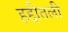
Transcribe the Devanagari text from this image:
हद्दीतली